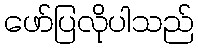
ဖော်ပြလိုပါသည်